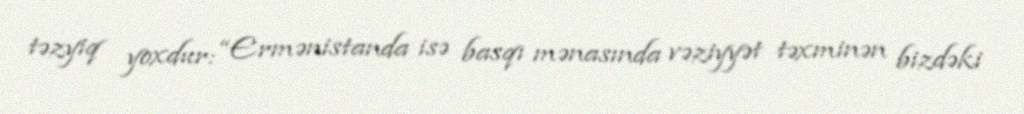
təzyiq yoxdur: “Ermənistanda isə basqı mənasında vəziyyət təxminən bizdəki